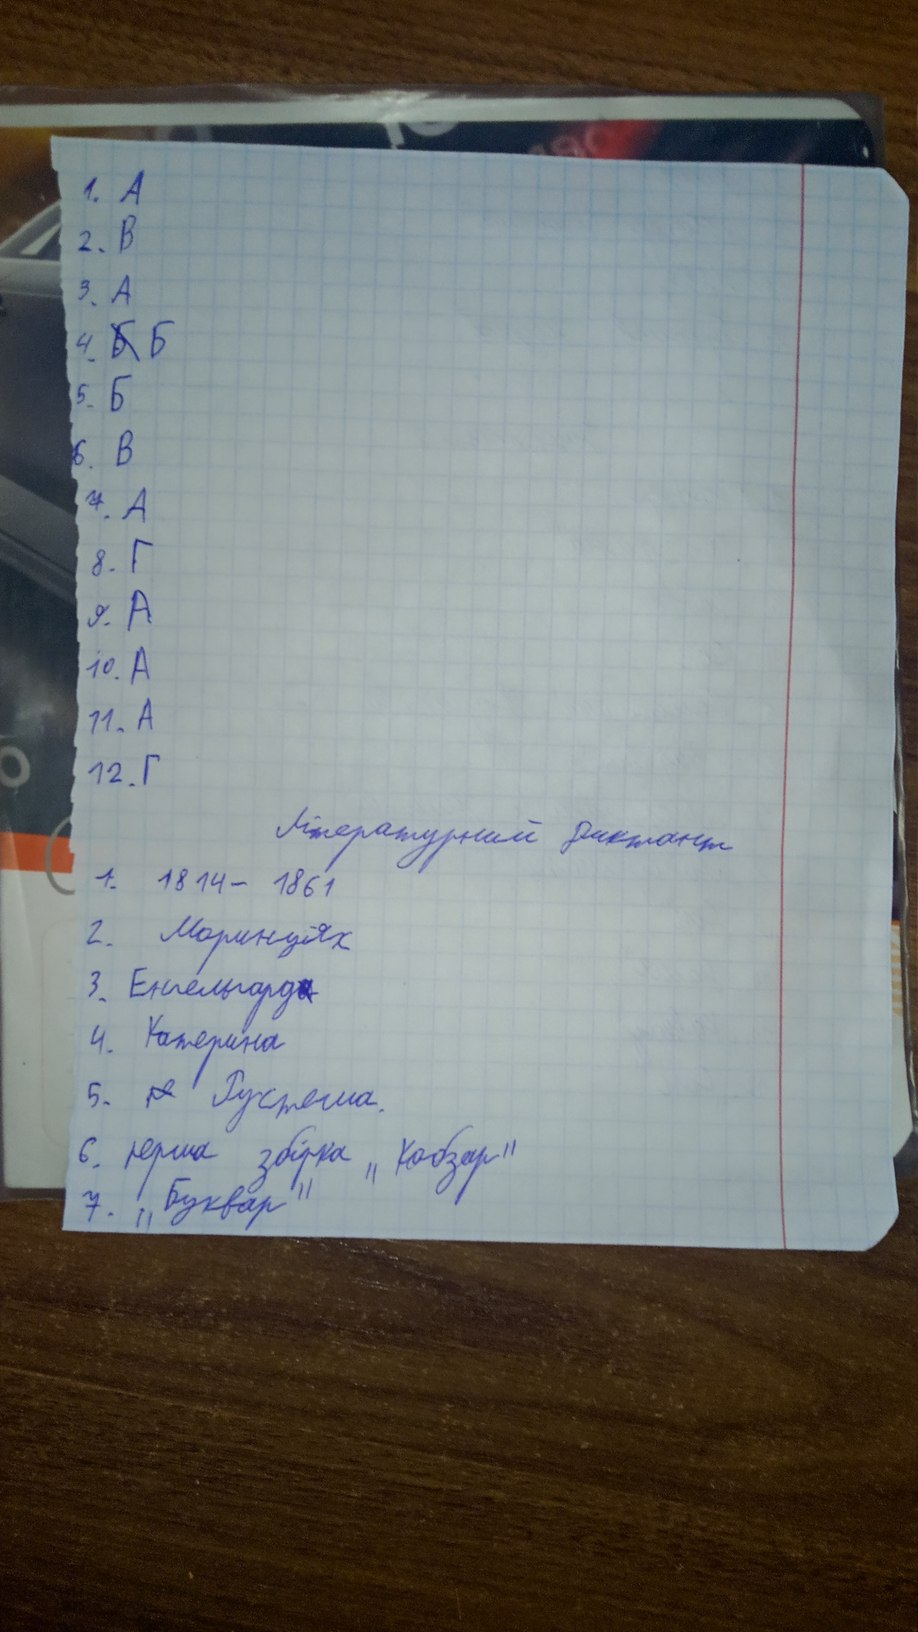
1. A
2. В
3. A
4. ~~Б~~ Б
5. Б
6. B
7. A
8. Г
9. A
10. A
11. A
12. Г
Літературний диктант
1. 1814 - 1861
2. Моринцях
3. Енгельгард
4. Катерина
5. [illegible] Рустема.
6. перша збірка "Кобзар
7. „Буквар“